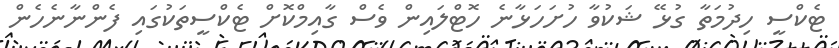
ޓެކްސީ ހިދުމަތާ ގުޅޭ ޝަކުވާ ހުށަހަޅާނެ ހޮޓްލައިން ވެސް ގާއިމްކޮށް ޓެކްސީތަކުގައި ފެންނާނެހެން